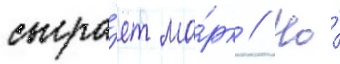
сыгра́ет ма́рк // Но́